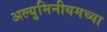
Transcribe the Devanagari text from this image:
अल्युमिनीयमच्या